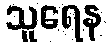
သူရေန